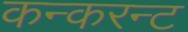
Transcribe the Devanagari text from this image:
कन्करन्ट